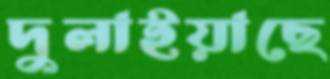
দুলাইয়াছে